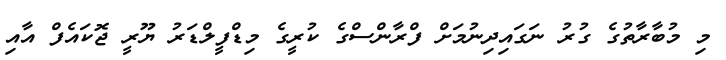
މި މުބާރާތުގެ ގުރު ނަގައިދިނުމަށް ފްރާންސްގެ ކުރީގެ މިޑްފީލްޑަރު ޔޫރީ ޖޮކައެފް އާއި